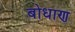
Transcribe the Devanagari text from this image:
बोधाण